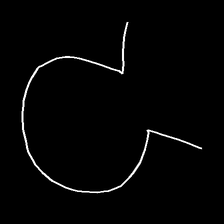
Glyph: weave